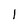
Character: l